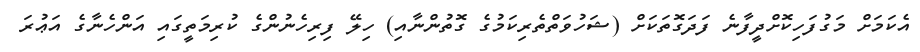
އެކަމަށް މަގުފަހިކޮށްދީފާނެ ފަދަގޮތަކަށް (ޝަހުވަތްތެރިކަމުގެ ގޮތުންނާއި) ހިލޭ ފިރިހެނުންގެ ކުރިމަތީގައި އަންހެނާގެ އަޢުރަ